Document type: Community of property
Year: 1312
Scribe: Pere Amorós
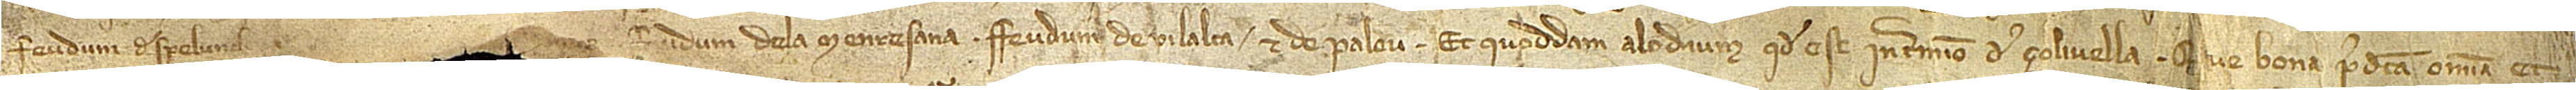
feudum de Spelunch[a] [...], feudum de la Menresana, feudum de Vilalba et de Palou, et quoddam alodium quod est in termino de Ço livella. Que bona predicta omnia et